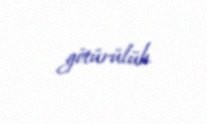
götürülüb.